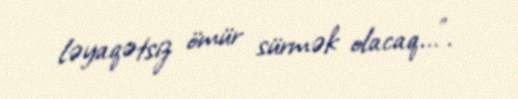
ləyaqətsiz ömür sürmək olacaq...”.